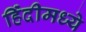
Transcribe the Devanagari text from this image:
हिंंदीमध्ये